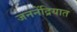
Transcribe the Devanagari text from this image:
जननेंद्रियात